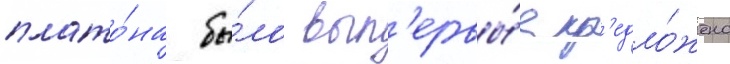
плато́на бы́ло вп'ервы́е пр'едло́жено